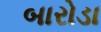
બારોડા